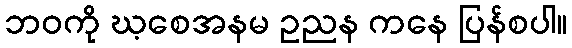
ဘဝကို ဃ့စေအနမ ဥညန ကနေ ပြန်စပါ။